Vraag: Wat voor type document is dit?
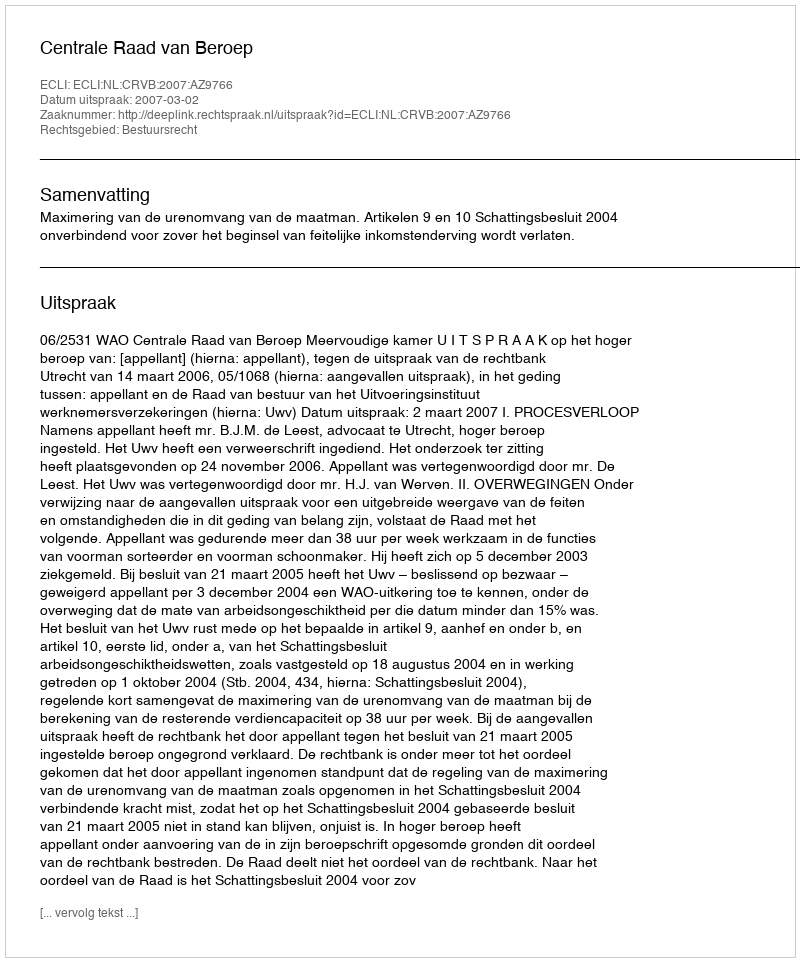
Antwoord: Uitspraak